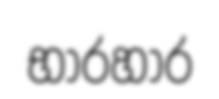
භාරහාර